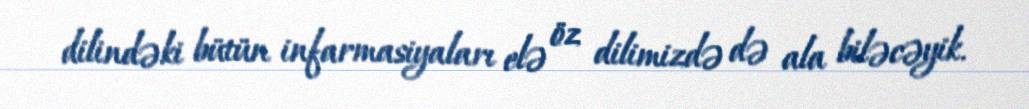
dilindəki bütün infarmasiyaları elə öz dilimizdə də ala biləcəyik.